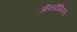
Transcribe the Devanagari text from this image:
ऑक्सीमियता